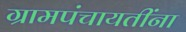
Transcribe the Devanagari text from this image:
ग्रामपंचायतींना